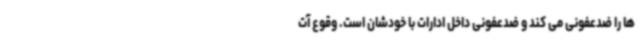
ها را ضدعفونی می کند و ضدعفونی داخل ادارات با خودشان است. وقوع آت